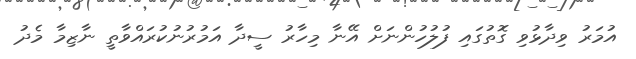
އުމަރު ވިދާޅުވި ގޮތުގައި ފުލުހުންނަށް އޭނާ މިހާރު ސީދާ އަމުރުނުކުރައްވާތީ ނާޒިމާ މެދު